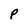
Character: p